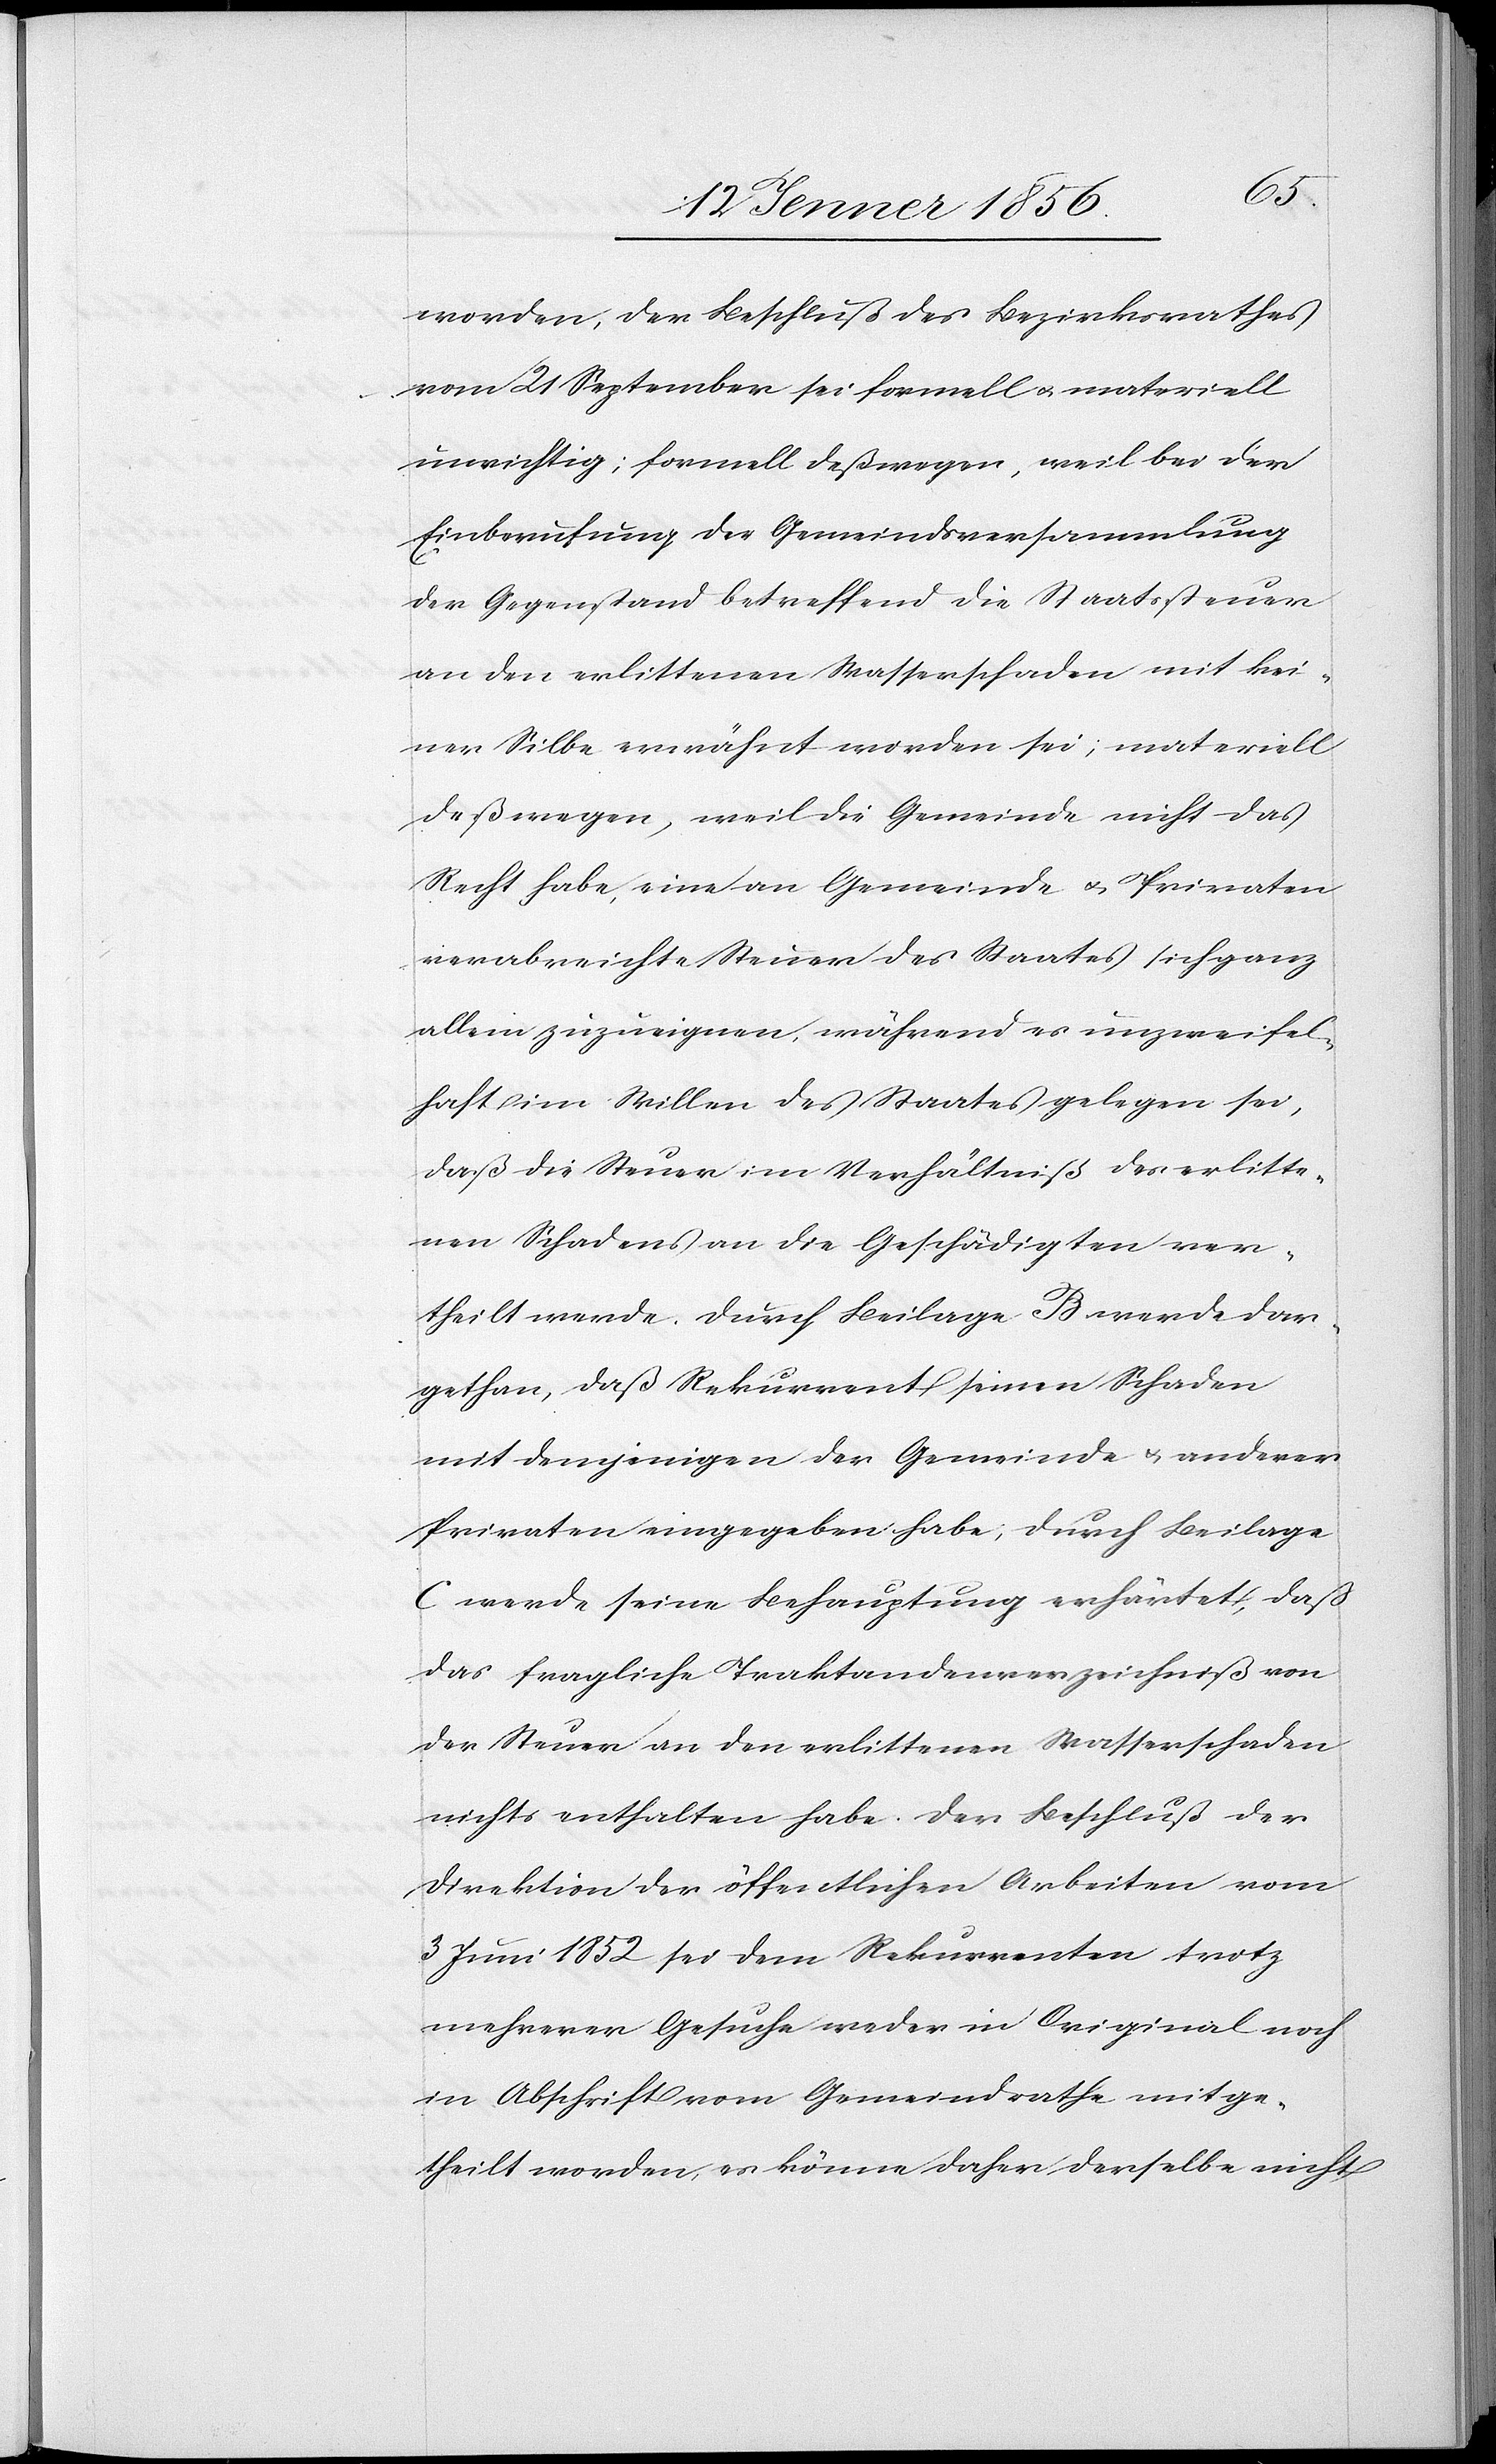
worden, der Beschluß des Bezirksrathes
vom 21 September sei formell u. materiell
unwichtig; formell deswegen, weil bei der
Einberufung der Gemeindsversammlung
der Gegenstand betreffend die Staatssteuer
an den erlittenen Wasserschaden mit kei¬
ner Silbe erwähnt worden sei; materiell
deßwegen, weil die Gemeinde nicht das
Recht habe, eine an Gemeinde u. Privaten
verabreichte Steuer des Staates sich ganz
allein zuzueignen, während es unzweifel¬
haft im Willen des Staates gelegen sei,
daß die Steuer im Verhältniß des erlitte¬
nen Schadens an die Geschädigten ver¬
theilt werde. Durch Beilage B werde dar¬
gethan, daß Rekurrent seinen Schaden
mit denjenigen der Gemeinde u. anderen
Privaten eingegeben habe; durch Beilage
C werde seine Behauptung erhärtet, daß
das fragliche Traktandenverzeichniß von
der Steuer an den erlittenen Wasserschaden
nichts enthalten habe. Der Beschluß der
Direktion der öffentlichen Arbeiten vom
3 Juni 1852 sei dem Rekurrenten trotz
mehrerer Gesuche weder in Original noch
in Abschrift vom Gemeinderathe mitge¬
theilt worden, es könne daher derselbe nicht